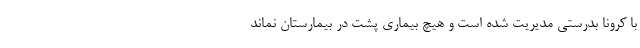
با کرونا بدرستی مدیریت شده است و هیچ بیماری پشت در بیمارستان نماند